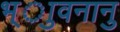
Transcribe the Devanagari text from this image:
भ्ाुवनानु